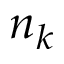
n _ { k }